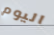
اليوم